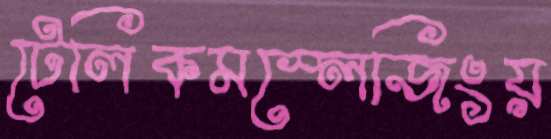
টেলিকমস্লেজিংয়